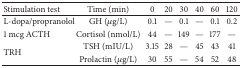
<table><thead><tr><td><b>Stimulation test</b></td><td><b>Time (min)</b></td><td><b>0</b></td><td><b>20</b></td><td><b>30</b></td><td><b>40</b></td><td><b>60</b></td><td><b>120</b></td></tr></thead><tbody><tr><td>L-dopa/propranolol</td><td>GH (<i>μ</i>g/L)</td><td>0.1</td><td>—</td><td>0.1</td><td>—</td><td>0.1</td><td>0.2</td></tr><tr><td>1 mcg ACTH</td><td>Cortisol (nmol/L)</td><td>44</td><td>—</td><td>149</td><td>—</td><td>177</td><td>—</td></tr><tr><td rowspan="2">TRH</td><td>TSH (mIU/L)</td><td>3.15</td><td>28</td><td>—</td><td>45</td><td>43</td><td>41</td></tr><tr><td>Prolactin (<i>μ</i>g/L)</td><td>30</td><td>55</td><td>—</td><td>54</td><td>52</td><td>48</td></tr></tbody></table>